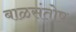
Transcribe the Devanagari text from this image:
बाळसंतोष